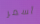
أسمر